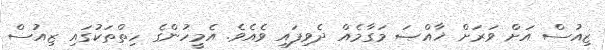
ޒިއުސް އަށް ވަރަށް ޚާއްޞަ މަގާމެއް ދެވިފައި ވެއެވެ. އެމީހުންގެ ހިތްތަކުގައި ޒިއުސް